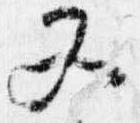
又